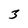
Character: 3